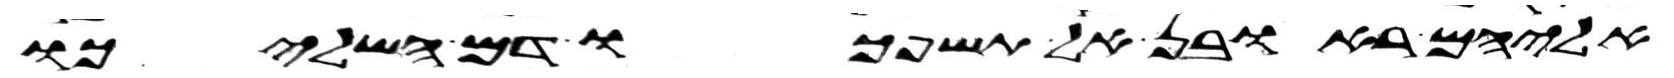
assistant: אליהם ראובן אל תשפכו דם השליכו